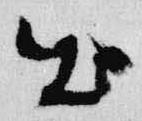
出